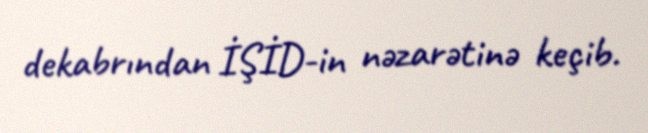
dekabrından İŞİD-in nəzarətinə keçib.